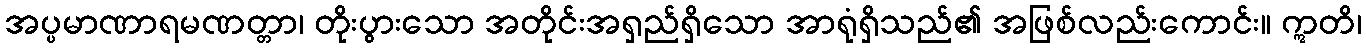
အပ္ပမာဏာရမဏတ္တာ၊ တိုးပွားသော အတိုင်းအရှည်ရှိသော အာရုံရှိသည်၏ အဖြစ်လည်းကောင်း။ ဣတိ၊